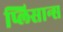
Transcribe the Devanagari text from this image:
प्लिसान्स